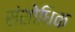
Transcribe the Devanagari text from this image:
संशोधिक